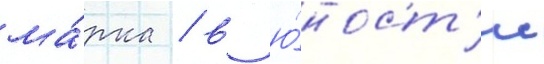
ма́рка / в ю́ност'и